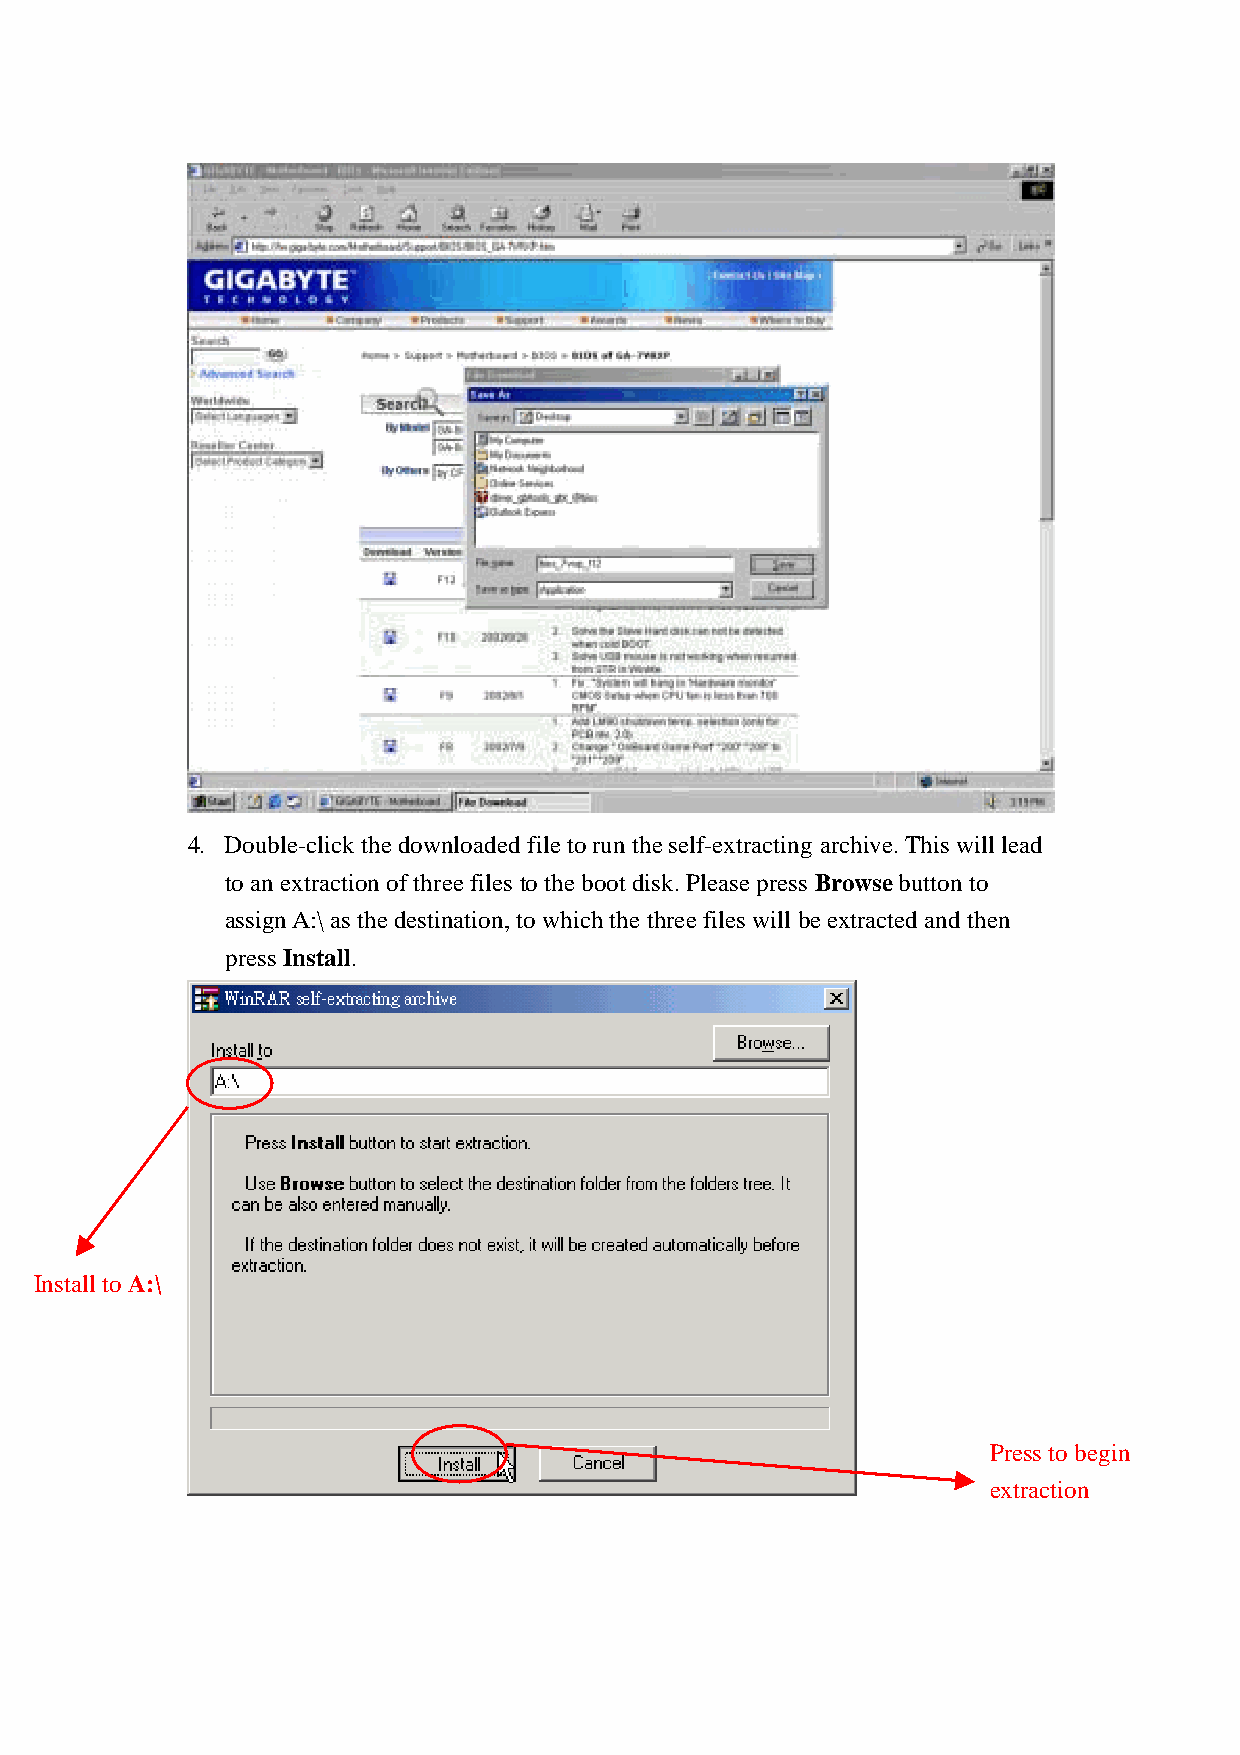
4. Double-click the downloaded file to run the self-extracting archive. This will lead
 to an extraction of three files to the boot disk. Please press Browse button to
 assign A:\ as the destination, to which the three files will be extracted and then
 press Install.
 Install to A:\
 Press to begin
 extraction